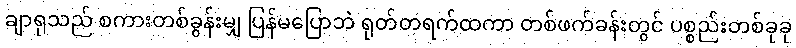
ချာရုသည် စကားတစ်ခွန်းမျှ ပြန်မပြောဘဲ ရုတ်တရက်ထကာ တစ်ဖက်ခန်းတွင် ပစ္စည်းတစ်ခုခု